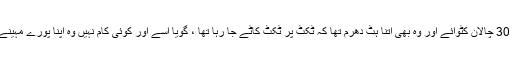
اُس دن ہم دونوں نے بلا مبالغہ 30 چالان کٹوائے اور وہ بھی اتنا ہٹ دھرم تھا کہ ٹکٹ پر ٹکٹ کاٹے جا رہا تھا ، گویا اُسے اور کوئی کام نہیں وہ اپنا پورے مہینے کا کمیشن شاید آج ہی بنا لے ۔